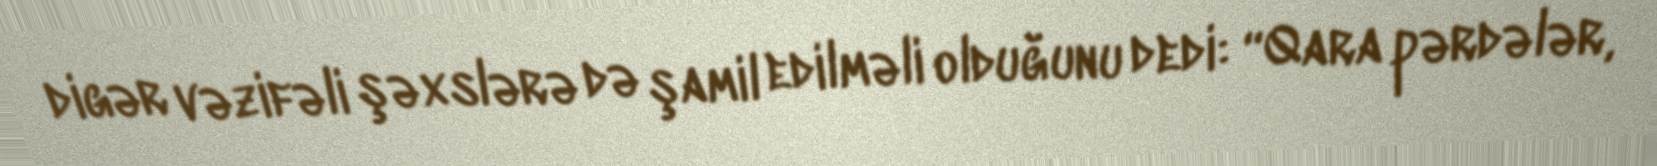
digər vəzifəli şəxslərə də şamil edilməli olduğunu dedi: “Qara pərdələr,